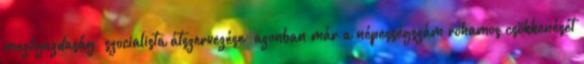
mezőgazdaság „szocialista átszervezése” azonban már a népességszám rohamos csökkenését